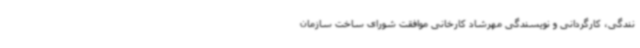
نندگی، کارگردانی و نویسندگی مهرشاد کارخانی موافقت شورای ساخت سازمان